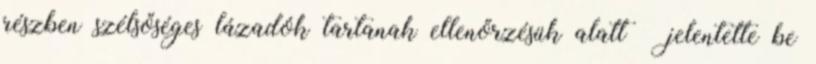
részben szélsőséges lázadók tartanak ellenőrzésük alatt – jelentette be